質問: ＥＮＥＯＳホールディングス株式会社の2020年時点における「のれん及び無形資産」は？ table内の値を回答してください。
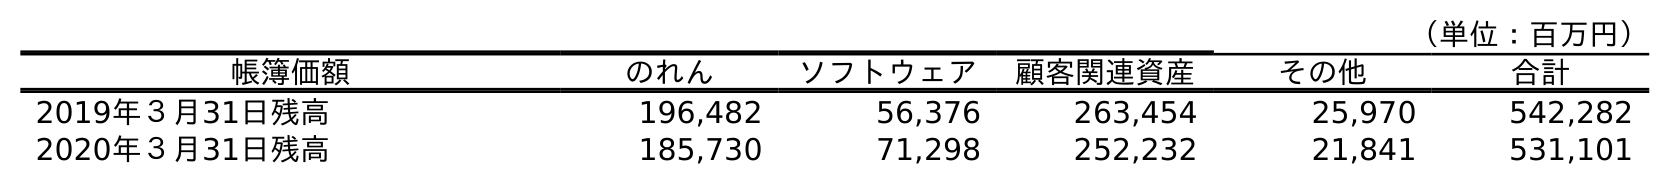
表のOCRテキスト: （単位：百万円） 帳簿価額 のれん ソフトウェア 顧客関連資産 その他 合計 2019年３月31日残高 196,482 56,376 263,454 25,970 542,282 2020年３月31日残高 185,730 71,298 252,232 21,841 531,101
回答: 531,101